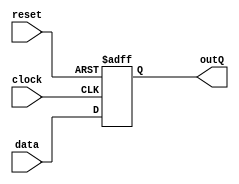
module flipFlopD(
    input clock,
    input data,
    input reset,
    output reg outQ
);

always@(posedge clock or posedge reset) begin
    if (reset) begin
        outQ <= 0;
    end
    else begin
        outQ <= data;
    end
end

endmodule

module flipFlopT(
    input clock,
    input toggle,
    input reset,
    output reg outQ
);

always@(posedge clock or posedge reset) begin
    if (reset) begin
        outQ <= 0;
    end
    else begin
        outQ <= ~outQ;
    end
end

endmodule

module flipFlopTCompleto(
    input clock,
    input toggle,
    input preset,
    input reset,
    output reg outQ
);

always@(posedge clock) begin
    if (reset) begin
        outQ <= 0;
    end
    else begin
        if (preset) begin
            outQ <= 1;
        end
        else begin
            outQ <= ~outQ;
        end
    end
end

endmodule